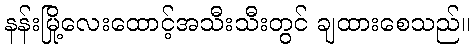
နန်းမြို့လေးထောင့်အသီးသီးတွင် ချထားစေသည်။